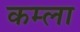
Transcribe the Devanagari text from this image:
कम्ला